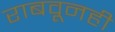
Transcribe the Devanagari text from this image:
राबवूनही